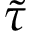
\tilde { \tau }